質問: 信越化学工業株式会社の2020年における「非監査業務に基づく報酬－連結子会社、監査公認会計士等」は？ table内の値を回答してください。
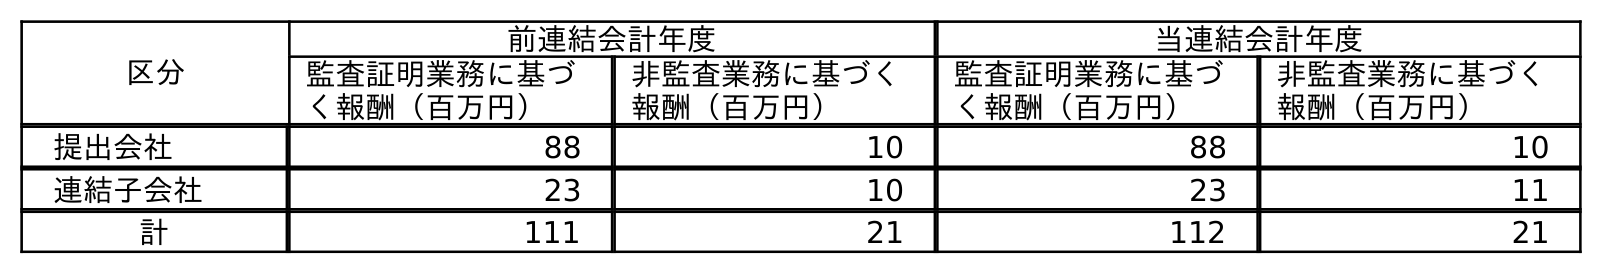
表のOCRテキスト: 区分 前連結会計年度 当連結会計年度 監査証明業務に基づ く報酬（百万円） 非監査業務に基づく 報酬（百万円） 監査証明業務に基づ く報酬（百万円） 非監査業務に基づく 報酬（百万円） 提出会社 88 10 88 10 連結子会社 23 10 23 11 計 111 21 112 21
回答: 11